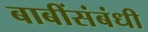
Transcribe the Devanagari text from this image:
बाबींसंबंधी